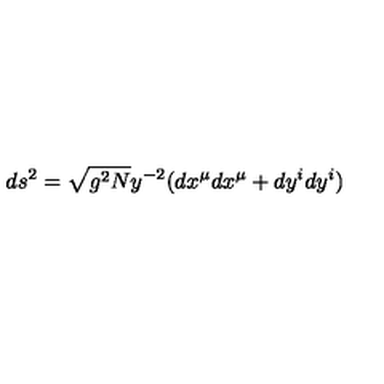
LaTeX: d s ^ { 2 } = \sqrt { g ^ { 2 } N } y ^ { - 2 } ( d x ^ { \mu } d x ^ { \mu } + d y ^ { i } d y ^ { i } )